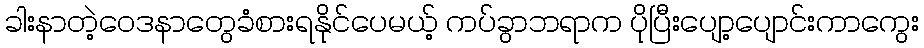
ခါးနာတဲ့ဝေဒနာတွေခံစားရနိုင်ပေမယ့် ကပ်ခွာဘရာက ပိုပြီးပျော့ပျောင်းကာကွေး